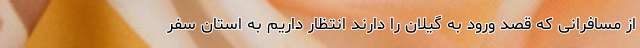
از مسافرانی که قصد ورود به گیلان را دارند انتظار داریم به استان سفر